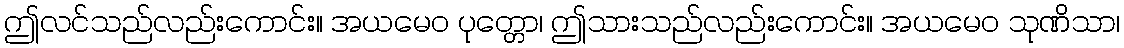
ဤလင်သည်လည်းကောင်း။ အယမေဝ ပုတ္တော၊ ဤသားသည်လည်းကောင်း။ အယမေဝ သုဏိသာ၊